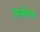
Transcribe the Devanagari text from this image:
शिर्लालाचे